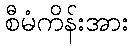
စီမံကိန်းအား